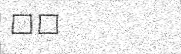
٨٣